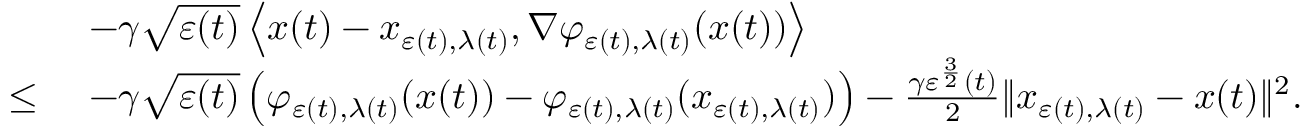
\begin{array} { r l } & { - \gamma \sqrt { \varepsilon ( t ) } \left\langle x ( t ) - x _ { \varepsilon ( t ) , \lambda ( t ) } , \nabla \varphi _ { \varepsilon ( t ) , \lambda ( t ) } ( x ( t ) ) \right\rangle } \\ { \leq \ } & { - \gamma \sqrt { \varepsilon ( t ) } \left( \varphi _ { \varepsilon ( t ) , \lambda ( t ) } ( x ( t ) ) - \varphi _ { \varepsilon ( t ) , \lambda ( t ) } ( x _ { \varepsilon ( t ) , \lambda ( t ) } ) \right) - \frac { \gamma \varepsilon ^ { \frac { 3 } { 2 } } ( t ) } { 2 } \| x _ { \varepsilon ( t ) , \lambda ( t ) } - x ( t ) \| ^ { 2 } . } \end{array}